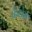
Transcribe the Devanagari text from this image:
फ्रेशेर्स